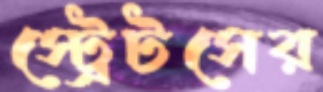
স্ট্রেটসের